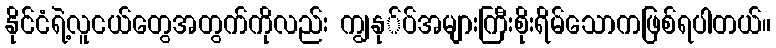
နိုင်ငံရဲ့လူငယ်တွေအတွက်ကိုလည်း ကျွနု်ပ်အများကြီးစိုးရိမ်သောကဖြစ်ရပါတယ်။